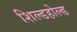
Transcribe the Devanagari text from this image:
शिल्डहोल्ड